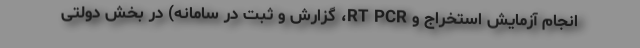
انجام آزمایش استخراج و RT PCR، گزارش و ثبت در سامانه) در بخش دولتی